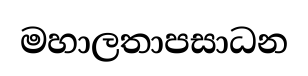
මහාලතාපසාධන